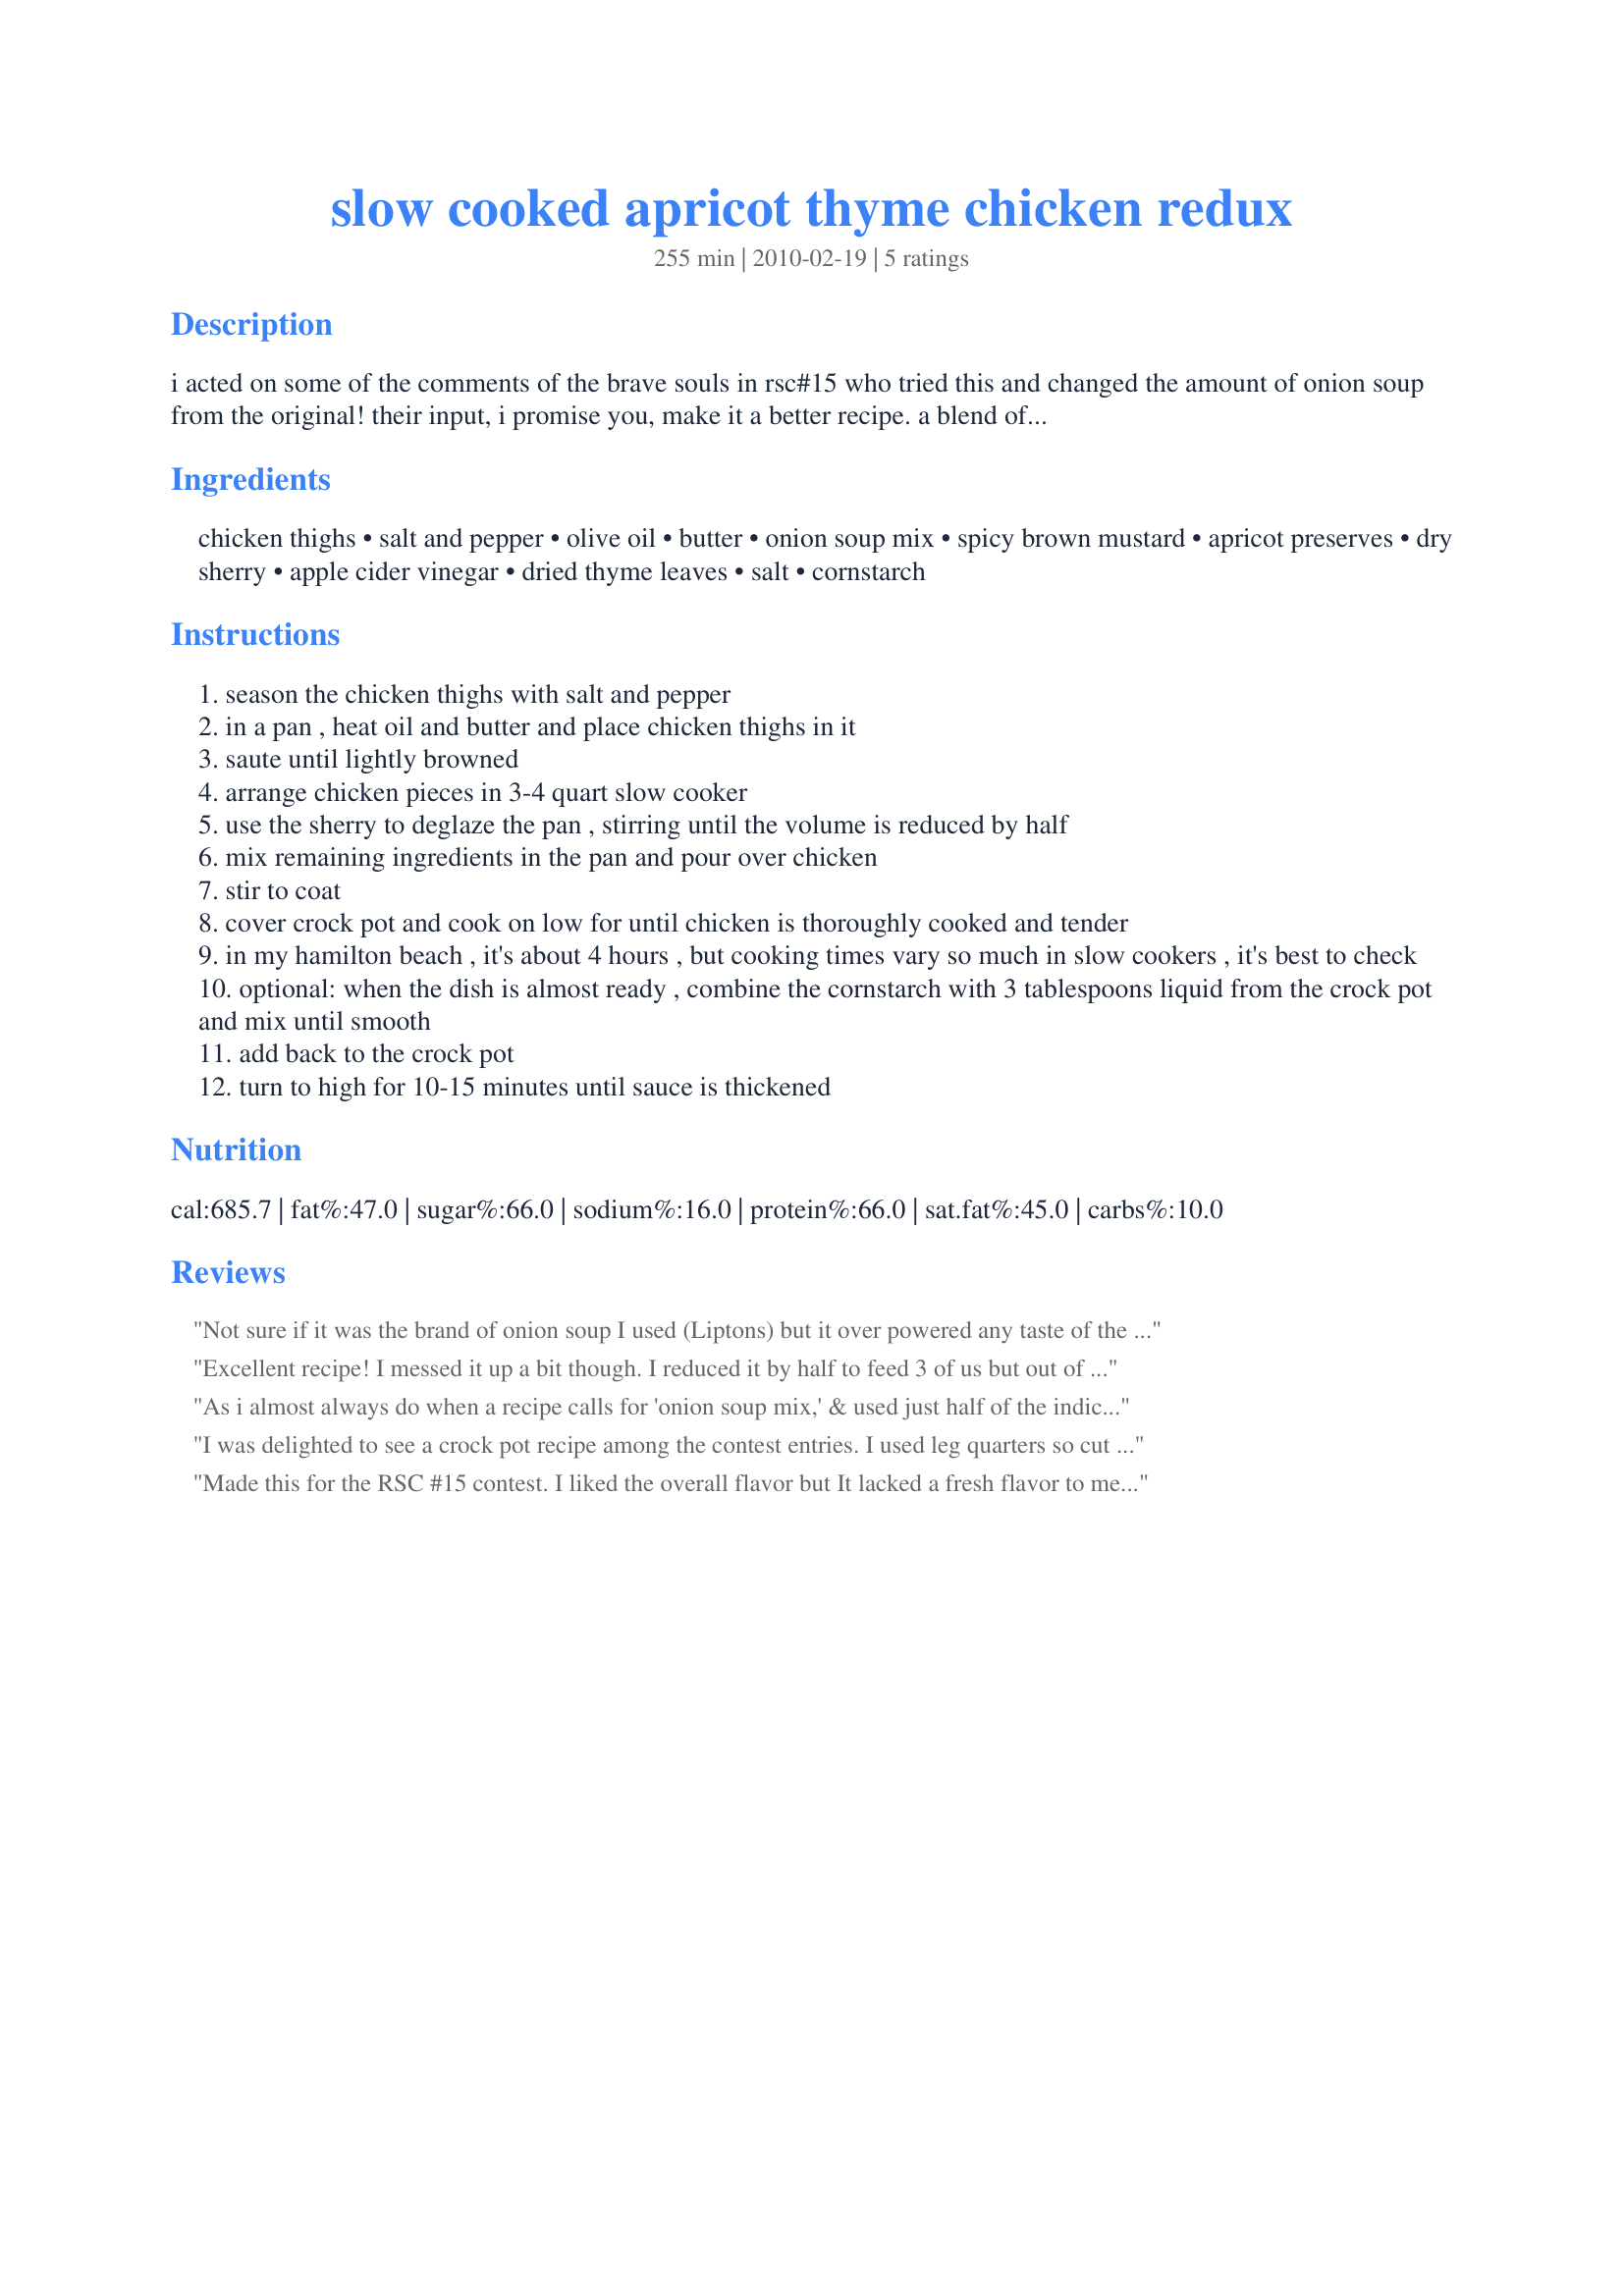
slow cooked apricot thyme chicken redux
Preparation time: 255 minutes

i acted on some of the comments of the brave souls in rsc#15 who tried this and changed the amount of onion soup from the original! their input, i promise you, make it a better recipe. a blend of sweet and savory flavors transforms this inexpensive meat into an enticing meal that looks special even though it's made simple in a slow cooker. use a low-sodium soup mix or chefdee's substitute for 1 envelope onion soup mix and sugar-free preserves for a healthier version.

Ingredients:
chicken thighs, salt and pepper, olive oil, butter, onion soup mix, spicy brown mustard, apricot preserves, dry sherry, apple cider vinegar, dried thyme leaves, salt, cornstarch

Steps:
season the chicken thighs with salt and pepper
in a pan , heat oil and butter and place chicken thighs in it
saute until lightly browned
arrange chicken pieces in 3-4 quart slow cooker
use the sherry to deglaze the pan , stirring until the volume is reduced by half
mix remaining ingredients in the pan and pour over chicken
stir to coat
cover crock pot and cook on low for until chicken is thoroughly cooked and tender
in my hamilton beach , it's about 4 hours , but cooking times vary so much in slow cookers , it's best to check
optional: when the dish is almost ready , combine the cornstarch with 3 tablespoons liquid from the crock pot and mix until smooth
add back to the crock pot
turn to high for 10-15 minutes until sauce is thickened

Reviews:
Not sure if it was the brand of onion soup I used (Liptons) but it over powered any taste of the apricot. When I make this again I will use fresh onions and cut back on the sherry. After 3 hours in the crock pot my chicken was cooked perfectly so I turned it off and reheated just before dinner. The chicken was lovely & moist, fall off the bone tender. I definitely think that this recipe has excellent potential but for my taste buds needs some tweaking. I hope others give it glowing ratings Good luck in the contest
Excellent recipe! I messed it up a bit though. I reduced it by half to feed 3 of us but out of habit I added the whole package of onion soup mix (the result was a little overpowering, but entirely my fault)! This was a super easy, very convenient recipe & in the end it was delicious. We'll be making it again. Thanks for submitting your creation, Chef! Good luck!
As i almost always do when a recipe calls for 'onion soup mix,' & used just half of the indicated amount & that worked for me in this one, as well! We really enjoyed the sauce that was created & I'll definitely be making this one again! [Made & reviewed in RSC #15 Contest]
I was delighted to see a crock pot recipe among the contest entries. I used leg quarters so cut apart & removed the skin before browning. The listed cooking time was far to long as the result was very dark . I wish I had checked them earlier. Maybe my crockpot cooks hotter? =( The meat was falling off the bone tender. The onion soup flavor dominated everything with the other flavors lost. I served them with brown rice pilaf to use the sauce. In order to use the leftovers I sautÃ©ed red & green pepper, onions, garlic, and boned the meat to serve in flour tortillas. We actually liked the chicken much more that way. Thank you for your contribution to RSC & good luck!
Made this for the RSC #15 contest. I liked the overall flavor but It lacked a fresh flavor to me.

I did substitute fresh thyme which I think helped. The flavor to me was a little flat.

Also, I admit not being a fan of dry soup mix, but I do use it in some recipes. I think next time I would cut back on the soup mix. It tasted salty to me. But I loved the apricot, sherry flavor.

It was good, but just missing something for me.

I wish you the best. Kim
